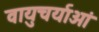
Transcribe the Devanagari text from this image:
वायुचर्याओं